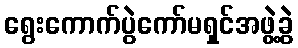
ရွေးကောက်ပွဲကော်မရှင်အဖွဲ့ခွဲ